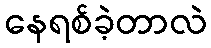
နေရစ်ခဲ့တာလဲ